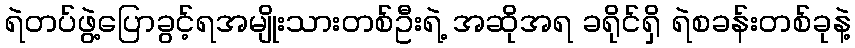
ရဲတပ်ဖွဲ့ပြောခွင့်ရအမျိုးသားတစ်ဦးရဲ့ အဆိုအရ ခရိုင်ရှိ ရဲစခန်းတစ်ခုနဲ့